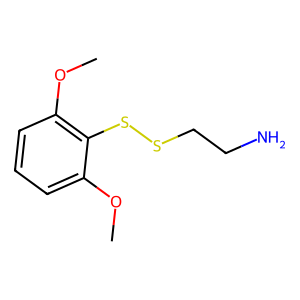
SMILES: COc1cccc(OC)c1SSCCN
Inhibits HIV replication: No